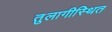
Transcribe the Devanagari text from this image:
तुलागीस्थित